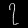
Digit: ၇